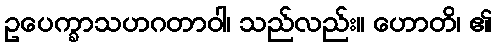
ဥပေက္ခာသဟဂတာဝါ၊ သည်လည်း။ ဟောတိ၊ ၏